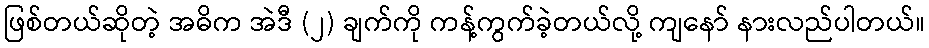
ဖြစ်တယ်ဆိုတဲ့ အဓိက အဲဒီ (၂) ချက်ကို ကန့်ကွက်ခဲ့တယ်လို့ ကျနော် နားလည်ပါတယ်။